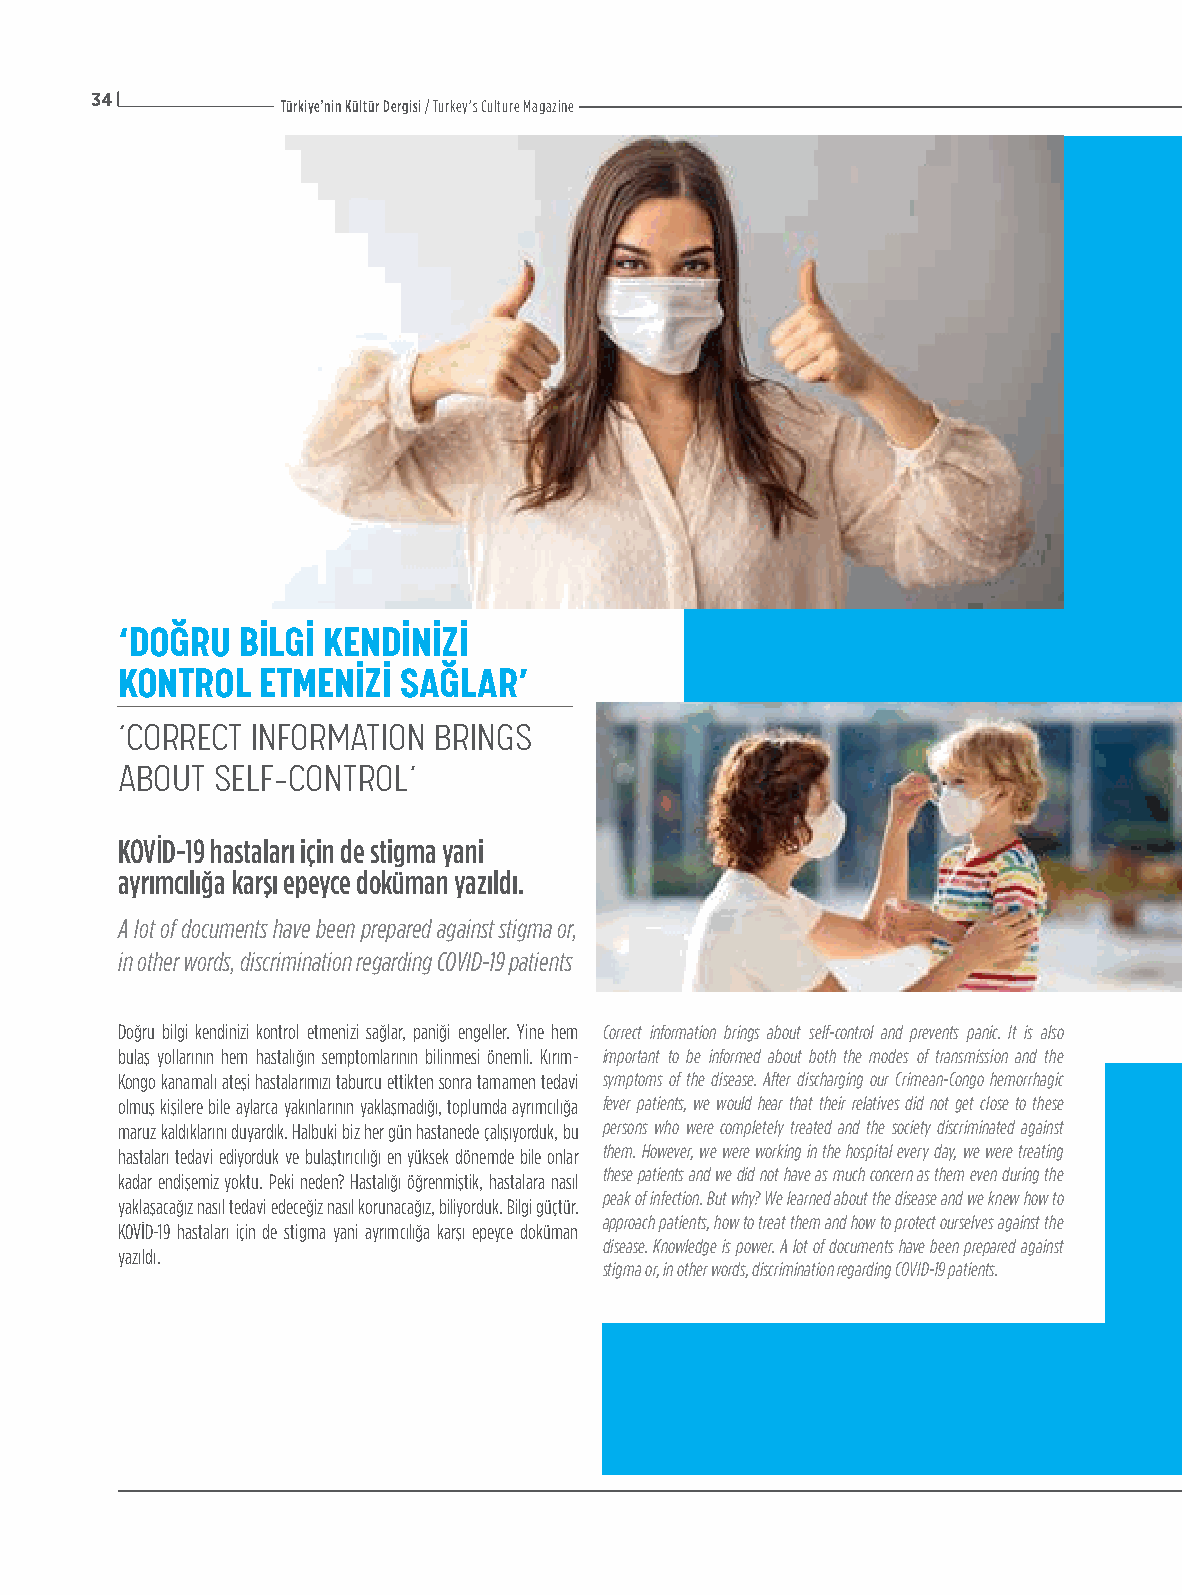
34
 Türkiye’nin Kültür Dergisi / Turkey’s Culture Magazine
 ‘DOĞRU  BİLGİ KENDİNİZİ
 KONTROL  ETMENİZİ  SAĞLAR’
 ‘CORRECT INFORMATION BRINGS
 ABOUT SELF-CONTROL’
 KOVİD-19 hastaları için de stigma yani
 ayrımcılığa karşı epeyce doküman yazıldı.
 A lot of documents have been prepared against stigma or,
 in other words, discrimination regarding COVID-19 patients
 Doğru bilgi kendinizi kontrol etmenizi sağlar, paniği engeller. Yine hem Correct information brings about self-control and prevents panic. It is also
 bulaş yollarının hem hastalığın semptomlarının bilinmesi önemli. Kırım- important to be informed about both the modes of transmission and the
 Kongo kanamalı ateşi hastalarımızı taburcu ettikten sonra tamamen tedavi symptoms of the disease. After discharging our Crimean-Congo hemorrhagic
 olmuş kişilere bile aylarca yakınlarının yaklaşmadığı, toplumda ayrımcılığa fever patients, we would hear that their relatives did not get close to these
 maruz kaldıklarını duyardık. Halbuki biz her gün hastanede çalışıyorduk, bu persons who were completely treated and the society discriminated against
 hastaları tedavi ediyorduk ve bulaştırıcılığı en yüksek dönemde bile onlar them. However, we were working in the hospital every day, we were treating
 these patients and we did not have as much concern as them even during the
 kadar endişemiz yoktu. Peki neden? Hastalığı öğrenmiştik, hastalara nasıl
 peak of infection. But why? We learned about the disease and we knew how to
 yaklaşacağız nasıl tedavi edeceğiz nasıl korunacağız, biliyorduk. Bilgi güçtür.
 approach patients, how to treat them and how to protect ourselves against the
 KOVİD-19 hastaları için de stigma yani ayrımcılığa karşı epeyce doküman
 disease. Knowledge is power. A lot of documents have been prepared against
 yazıldı.
 stigma or, in other words, discrimination regarding COVID-19 patients.